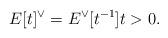
LaTeX: \begin{align*}E[t]^{\vee}=E^{\vee}[t^{-1}] t>0.\end{align*}